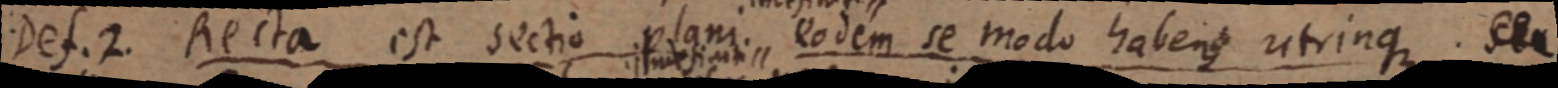
Def. 2. Recta est sectio plani eodem se modo haben utrinque.